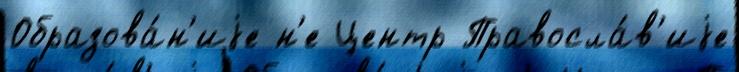
Образова́н'иjе н'е Центр Правосла́в'иjе